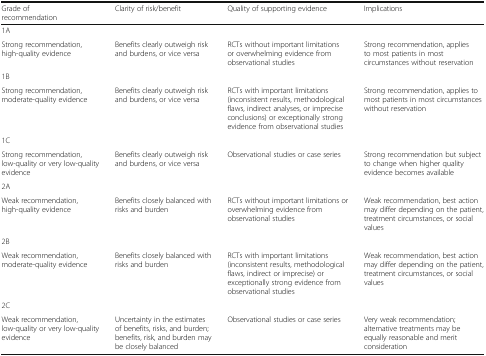
| Grade of recommendation | Clarity of risk/benefit | Quality of supporting evidence | Implications |
 | --- | --- | --- | --- |
 | 1A |  |  |  |
 | Strong recommendation, high-quality evidence | Benefits clearly outweigh risk and burdens, or vice versa | RCTs without important limitations or overwhelming evidence from observational studies | Strong recommendation, applies to most patients in most circumstances without reservation |
 | 1B |  |  |  |
 | Strong recommendation, moderate-quality evidence | Benefits clearly outweigh risk and burdens, or vice versa | RCTs with important limitations (inconsistent results, methodological flaws, indirect analyses, or imprecise conclusions) or exceptionally strong evidence from observational studies | Strong recommendation, applies to most patients in most circumstances without reservation |
 | 1C |  |  |  |
 | Strong recommendation, low-quality or very low-quality evidence | Benefits clearly outweigh risk and burdens, or vice versa | Observational studies or case series | Strong recommendation but subject to change when higher quality evidence becomes available |
 | 2A |  |  |  |
 | Weak recommendation, high-quality evidence | Benefits closely balanced with risks and burden | RCTs without important limitations or overwhelming evidence from observational studies | Weak recommendation, best action may differ depending on the patient, treatment circumstances, or social values |
 | 2B |  |  |  |
 | Weak recommendation, moderate-quality evidence | Benefits closely balanced with risks and burden | RCTs with important limitations (inconsistent results, methodological flaws, indirect or imprecise) or exceptionally strong evidence from observational studies | Weak recommendation, best action may differ depending on the patient, treatment circumstances, or social values |
 | 2C |  |  |  |
 | Weak recommendation, low-quality or very low-quality evidence | Uncertainty in the estimates of benefits, risks, and burden; benefits, risk, and burden may be closely balanced | Observational studies or case series | Very weak recommendation; alternative treatments may be equally reasonable and merit consideration |